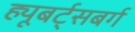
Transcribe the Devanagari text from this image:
ह्यूबर्ट्सबर्ग